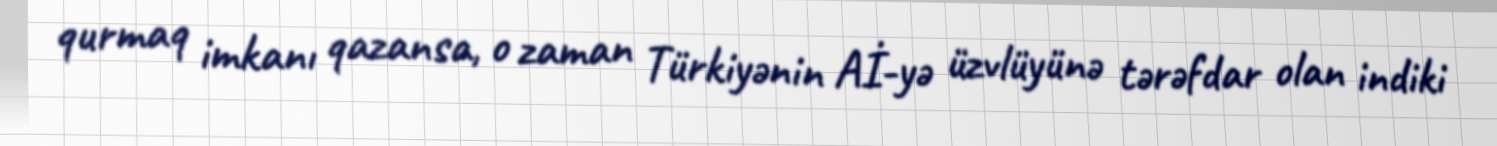
qurmaq imkanı qazansa, o zaman Türkiyənin Aİ-yə üzvlüyünə tərəfdar olan indiki